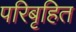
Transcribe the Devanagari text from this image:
परिबृहित